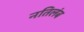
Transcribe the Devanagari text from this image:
नतिलंब